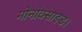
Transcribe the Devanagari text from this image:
मोनोक्साइड।